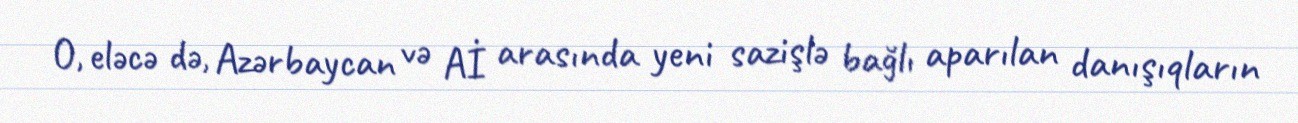
O, eləcə də, Azərbaycan və Aİ arasında yeni sazişlə bağlı aparılan danışıqların